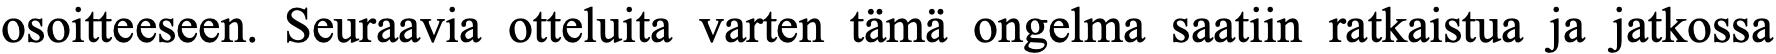
osoitteeseen. Seuraavia otteluita varten tämä ongelma saatiin ratkaistua ja jatkossa